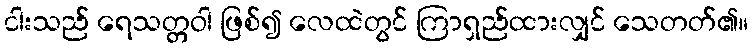
ငါးသည် ရေသတ္တဝါ ဖြစ်၍ လေထဲတွင် ကြာရှည်ထားလျှင် သေတတ်၏။